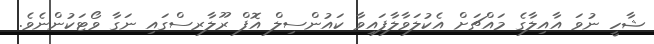
ޝާހީ ނުވަ އާއިލާގެ މައްޗަށް އެކުލަވާލާފައިވާ ކައުންސިލް އޮފް ރޫލާރސްގައި ނަގާ ވޯޓަކުންނެވެ.